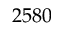
2 5 8 0